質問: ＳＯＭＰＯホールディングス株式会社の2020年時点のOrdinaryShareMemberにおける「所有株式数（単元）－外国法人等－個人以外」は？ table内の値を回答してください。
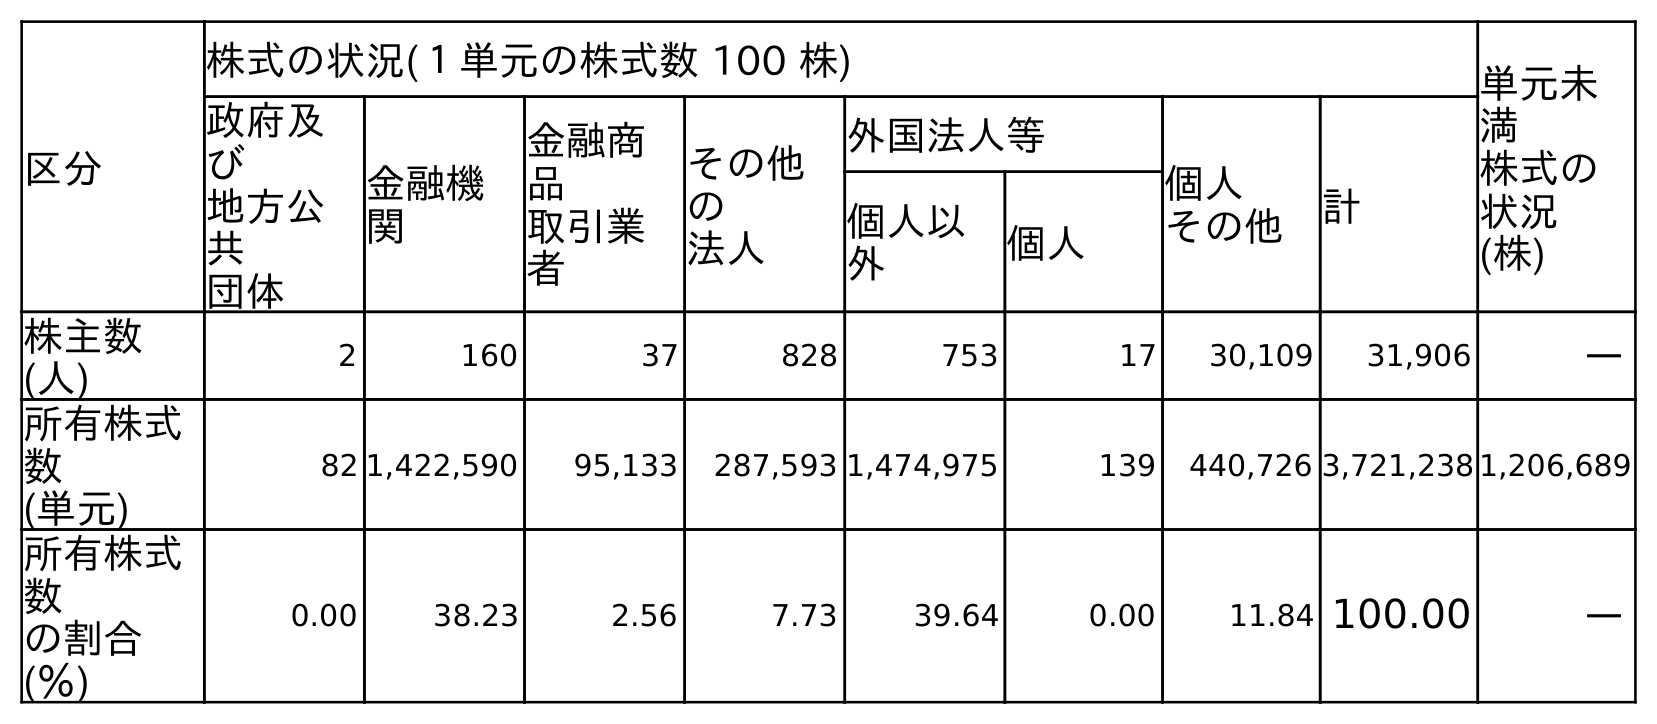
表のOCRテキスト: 区分 株式の状況(１単元の株式数 100 株) 単元未 満 株式の 状況 (株) 政府及 び 地方公 共 団体 金融機 関 金融商 品 取引業 者 その他 の 法人 外国法人等 個人 その他 計 個人以 外 個人 株主数 (人) 2 160 37 828 753 17 30,109 31,906 ― 所有株式 数 (単元) 82 1,422,590 95,133 287,593 1,474,975 139 440,726 3,721,238 1,206,689 所有株式 数 の割合 (％) 0.00 38.23 2.56 7.73 39.64 0.00 11.84 100.00 ―
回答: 1,474,975